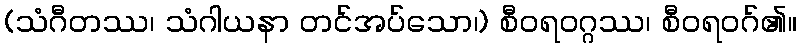
(သံဂီတဿ၊ သံဂါယနာ တင်အပ်သော၊) စီဝရဝဂ္ဂဿ၊ စီဝရဝဂ်၏။